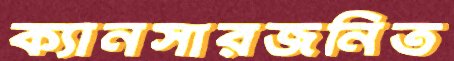
ক্যানসারজনিত